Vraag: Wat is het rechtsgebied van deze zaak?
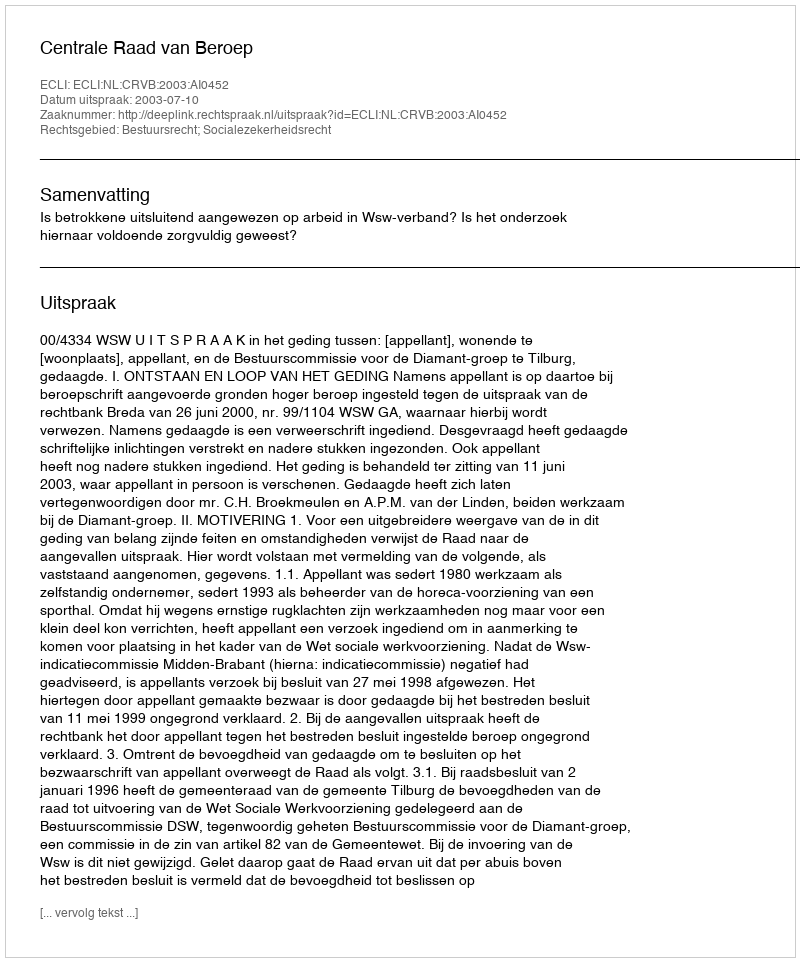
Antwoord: Bestuursrecht; Socialezekerheidsrecht